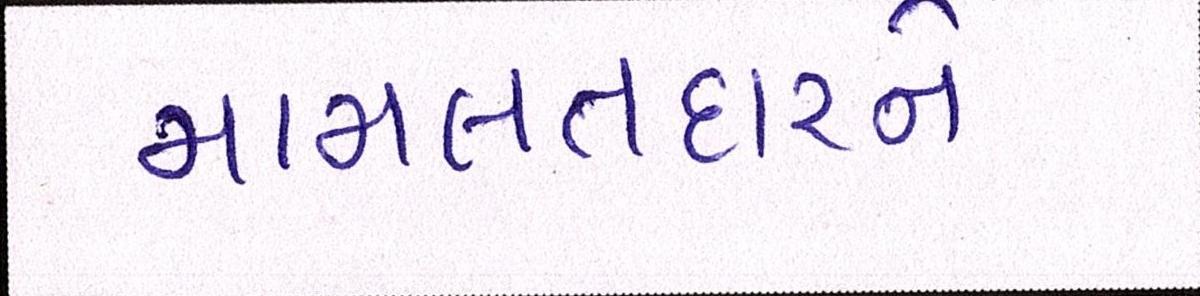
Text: મામલતદારને